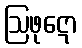
ဩဖုဋော